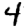
Digit: 4